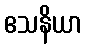
ဧသနိယာ